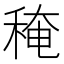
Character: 䅖